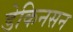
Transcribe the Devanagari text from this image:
डेकिनसन